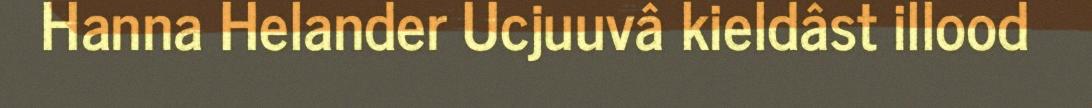
Hanna Helander Ucjuuvâ kieldâst illood